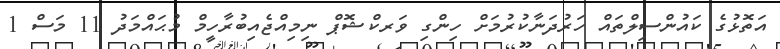
އަތޮޅުގެ ކައުންސިލްތައް ހަރުދަނާކުރުމަށް ހިންގި ވަރކްޝޮޕް ނިމިއްޖެއިބުރާހީމް މުޙައްމަދު 11 މަސް 1